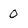
Character: 0